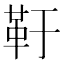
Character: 䩒